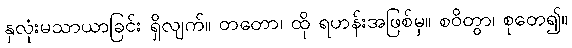
နှလုံးမသာယာခြင်း ရှိလျက်။ တတော၊ ထို ရဟန်းအဖြစ်မှ။ စဝိတွာ၊ စုတေ၍။